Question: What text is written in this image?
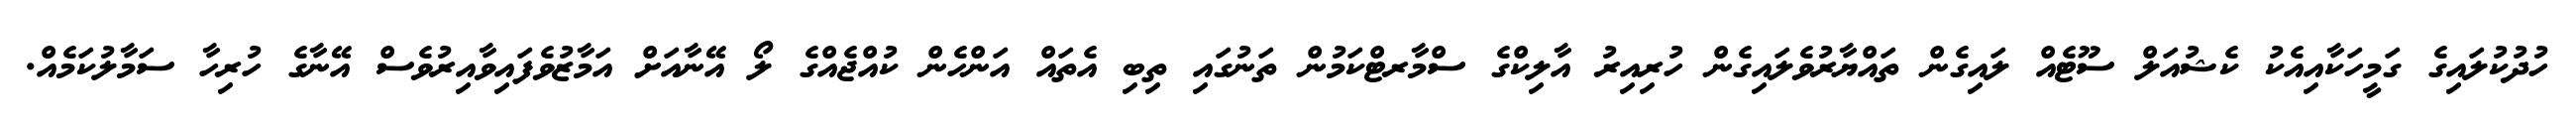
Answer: ހުދުކުލައިގެ ގަމީހަކާއިއެކު ކެޝުއަލް ސޫޓެއް ލައިގެން ތައްޔާރުވެލައިގެން ހުރިއިރު އާލިކްގެ ސްމާރޓްކަމުން ތަނުގައި ތިބި އެތައް އަންހެން ކުއްޖެއްގެ ލޯ އޭނާއަށް އަމާޒުވެފައިވާއިރުވެސް އޭނާގެ ހުރިހާ ސަމާލުކަމެއް.